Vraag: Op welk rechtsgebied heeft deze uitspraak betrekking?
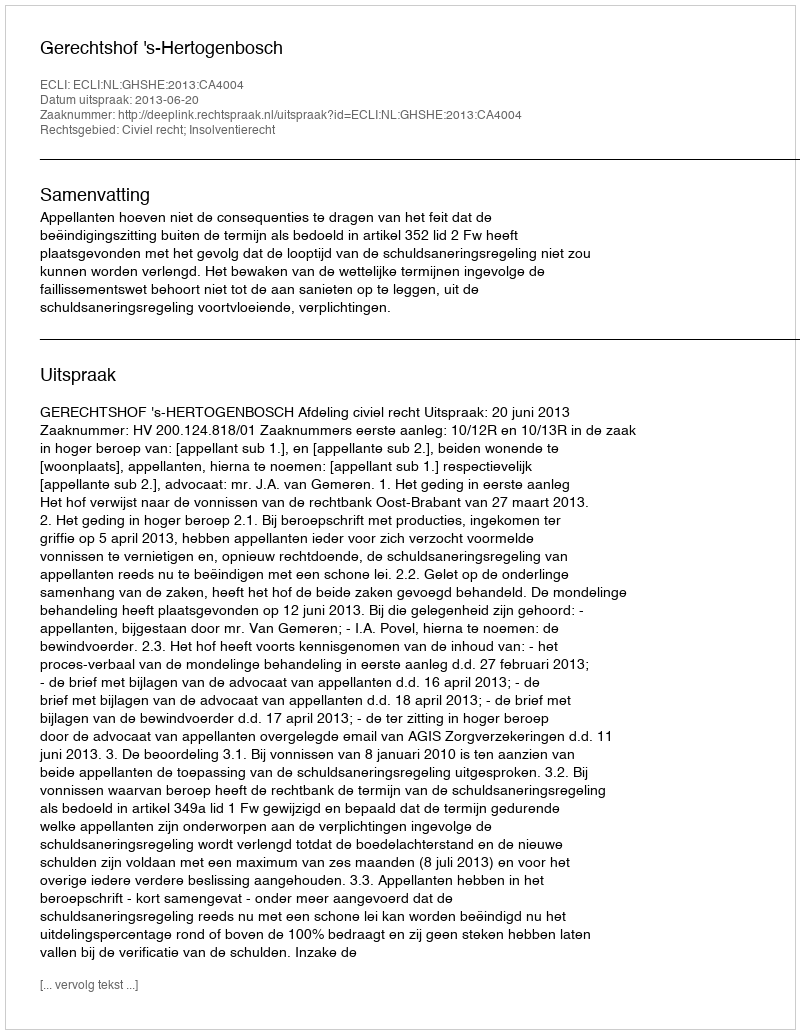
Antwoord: Civiel recht; Insolventierecht